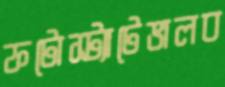
ফটোস্ট্যাটেভালব